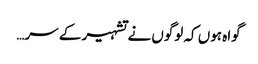
گواہ ہوں کہ لوگوں نے تشہیر کے سر…